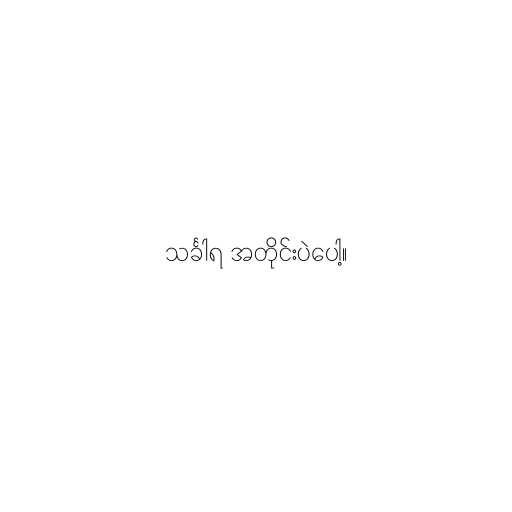
သင်္ခါရ အတိုင်းပဲပေါ့။